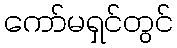
ကော်မရှင်တွင်